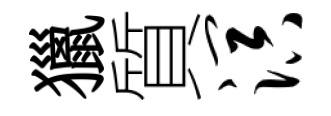
獵質溟